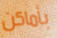
بأماكن